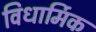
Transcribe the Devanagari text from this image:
विधार्मिक